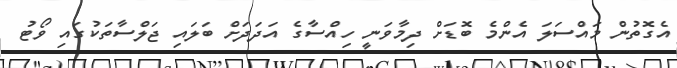
އެގޮތުން މައްސަލަ އެންމެ ބޮޑަށް ދިމާވަނީ ހިއްސާގެ އަދަދަށް ބަލައި ޖަލްސާތަކުގައި ވޯޓު